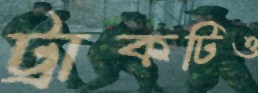
ট্রাকটিও